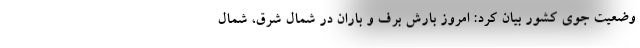
وضعیت جوی کشور بیان کرد: امروز بارش برف و باران در شمال شرق، شمال